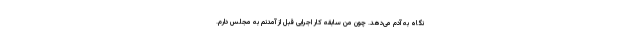
نگاه به آدم می‌دهد. چون من سابقه کار اجرایی قبل از آمدنم به مجلس دارم.